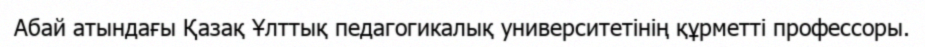
Абай атындағы Қазақ Ұлттық педагогикалық университетінің құрметті профессоры.